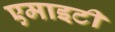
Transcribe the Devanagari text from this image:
एमाइटी